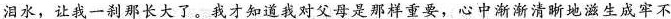
泪水，让我一刹那长大了。我才知道我对父母是那样重要，心中渐渐清晰地滋生成牢不